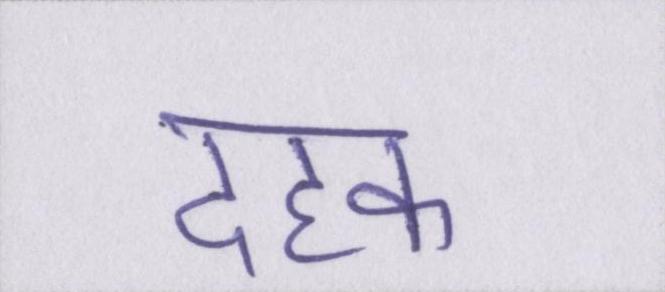
दहक